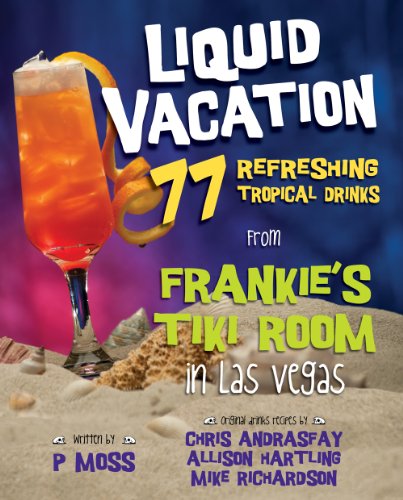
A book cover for Liquid Vacation: 77 Refreshing Tropical Drinks from Frankie's Tiki Room in Las Vegas; P Moss; Cookbooks, Food & Wine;